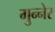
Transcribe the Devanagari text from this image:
गुन्नेर